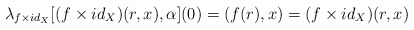
\begin{align*} \lambda_{f\times id_{X}}[ (f\times id_{X})(r,x),\alpha](0) = (f(r),x)= (f\times id_{X})(r,x)\end{align*}